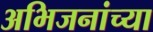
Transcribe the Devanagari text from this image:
अभिजनांच्या